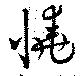
憢